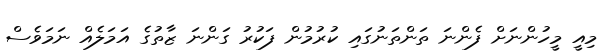
މިއީ މީހުންނަށް ފެންނަ ތަންތަނުގައި ކުރުމުން ފަކުރު ގަންނަ ޒާތުގެ އަމަލެއް ނަމަވެސް